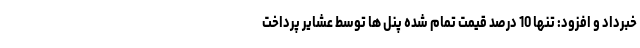
خبرداد و افزود: تنها 10 درصد قیمت تمام شده پنل ها توسط عشایر پرداخت